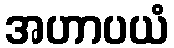
အဟာပယံ